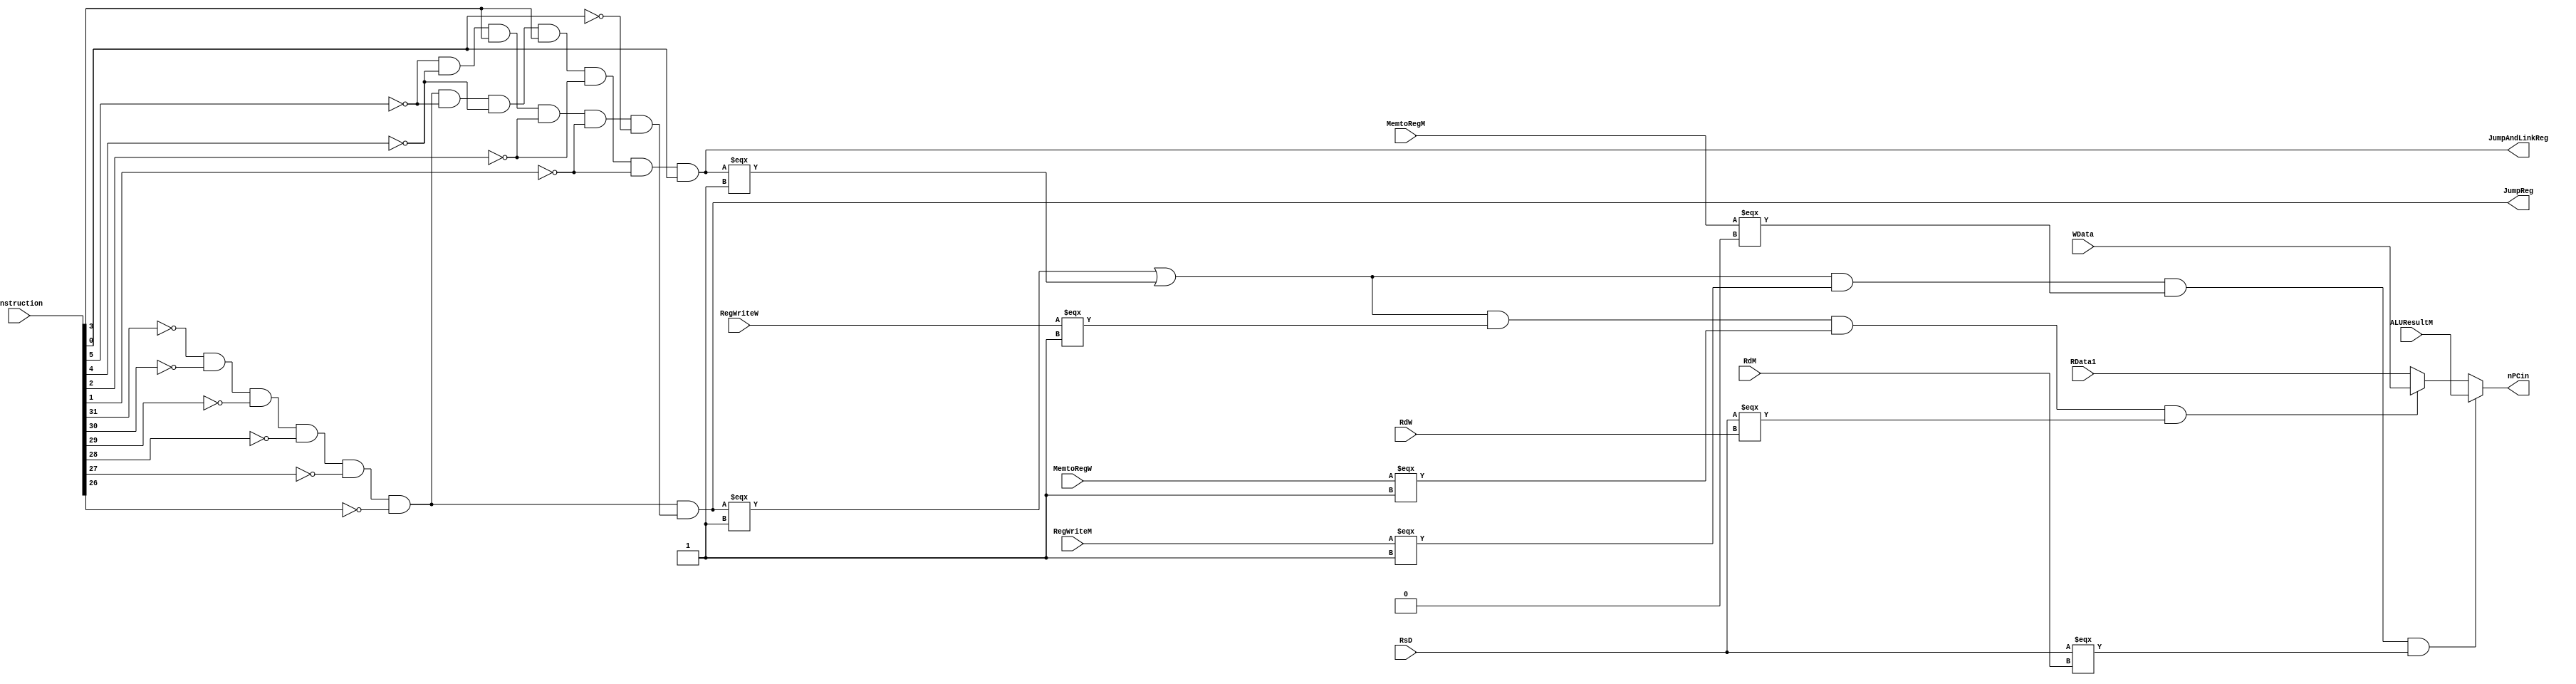
`timescale 1ns / 1ps
//////////////////////////////////////////////////////////////////////////////////
// Company: 
// Engineer: 
// 
// Design Name: 
// Module Name:    jbunit1 
// Project Name: 
// Target Devices: 
// Tool versions: 
// Description: 
//
// Dependencies: 
//
// Revision: 
// Revision 0.01 - File Created
// Additional Comments: 
//
//////////////////////////////////////////////////////////////////////////////////
module JU(
	input [31:0]Instruction,
	input RegWriteM,
	input RegWriteW,
	input MemtoRegM,
	input MemtoRegW,
	input [4:0]RsD,
	input [4:0]RdM,
	input [4:0]RdW,
	input [31:0]ALUResultM,
	input [31:0]WData,
	input [31:0]RData1,
	output JumpReg,
	output JumpAndLinkReg,
	output [31:0]nPCin
    );
	 wire Ifjr;
	 wire Ifjalr;
	 wire [5:0]func,op;
	 assign func = Instruction[5:0];
	 assign op = Instruction[31:26];
	 assign fcjr = (~func[5] & ~func[4] & func[3] & ~func[2] & ~func[1] & ~func[0]);
	 assign Ifjr = (~op[5] & ~op[4] & ~op[3] & ~op[2] & ~op[1] & ~op[0] & fcjr);
	 assign Ifjalr = (~op[5] & ~op[4] & ~op[3] & ~op[2] & ~op[1] & ~op[0] & ~func[5] & ~func[4] & func[3] & ~func[2] & ~func[1] & func[0]);
	//j
	assign JumpReg = Ifjr; 
	assign JumpAndLinkReg = Ifjalr;
	assign nPCin = ((Ifjr === 1 || Ifjalr === 1) && RegWriteM === 1 && MemtoRegM === 0 && (RsD === RdM)) ? ALUResultM : 
					   ((Ifjr === 1 || Ifjalr === 1) && RegWriteW === 1 && MemtoRegW === 1 && (RsD === RdW)) ? WData : 
						RData1;
endmodule